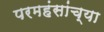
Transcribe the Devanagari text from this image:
परमहंसांच्या